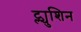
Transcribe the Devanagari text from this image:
ट्ल्युशिन